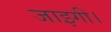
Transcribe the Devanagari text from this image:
जाइगी।